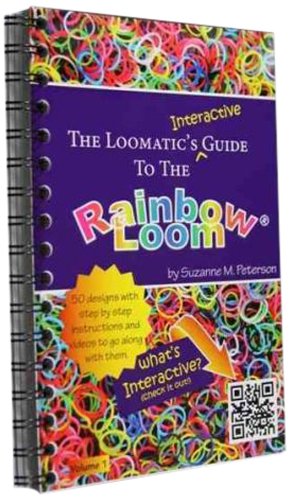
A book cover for The Loomatic's Interactive Guide to the Rainbow Loom; Suzanne M. Peterson; Crafts, Hobbies & Home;